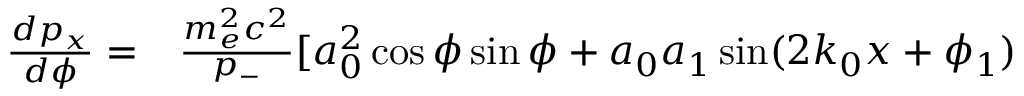
\begin{array} { r l } { \frac { d p _ { x } } { d \phi } = } & { { } \frac { m _ { e } ^ { 2 } c ^ { 2 } } { p _ { - } } [ a _ { 0 } ^ { 2 } \cos \phi \sin \phi + a _ { 0 } a _ { 1 } \sin ( 2 k _ { 0 } x + \phi _ { 1 } ) } \end{array}